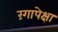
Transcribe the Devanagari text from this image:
रंगापेक्षा